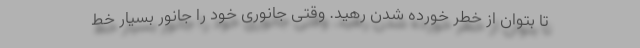
تا بتوان از خطر خورده شدن رهید. وقتی جانوری خود را جانور بسیار خط